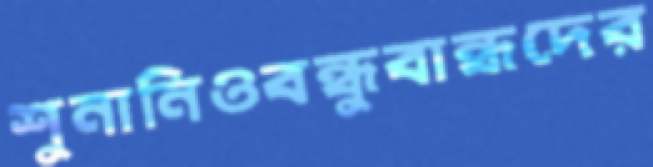
শুনানিওবন্ধুবান্ধদের